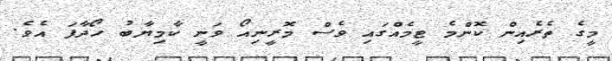
މީގެ ތެރެއިން ކޮންމެ ޓީމެއްގައި ވެސް މޮރީނިއޯ ވަނީ ކާމިޔާބު ހޯދާފަ އެވެ.